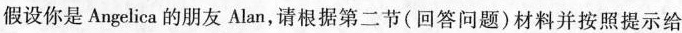
假设你是Angelica的朋友Alan，请根据第二节(回答问题)材料并按照提示给